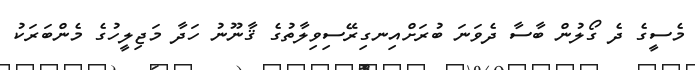
މެސީގެ ދެ ގޯލުން ބާސާ ދެވަނަ ބުރަށްއިނގިރޭސިވިލާތުގެ ޤާނޫނު ހަދާ މަޖިލީހުގެ މެންބަރަކު